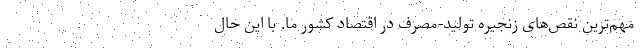
مهم‌ترین نقص‌های زنجیره تولید-مصرف در اقتصاد کشور ما. با این حال